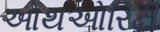
ઓથઓરિટી